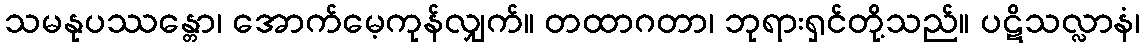
သမနုပဿန္တော၊ အောက်မေ့ကုန်လျှက်။ တထာဂတာ၊ ဘုရားရှင်တို့သည်။ ပဋိသလ္လာနံ၊